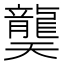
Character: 龑